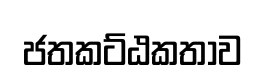
ජතකට්ඨකතාව